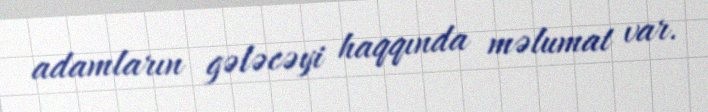
adamların gələcəyi haqqında məlumat var.